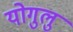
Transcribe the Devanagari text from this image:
योगुलु